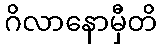
ဂိလာနောမှီတိ